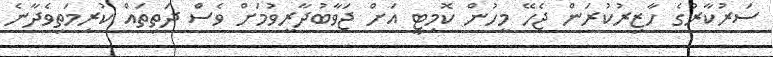
ސަރުކާރުގެ ހާޒިރުކުރަން ޖެހޭ މީހުން ކޮމިޓީ އަށް ޖަވާބުދާރީވުމަށް ވެސް ދަތިތައް ކުރިމަތިވެދާނެ